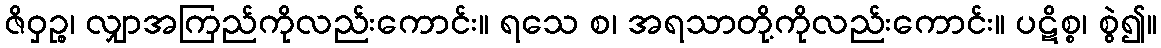
ဇိဝှဉ္စ၊ လျှာအကြည်ကိုလည်းကောင်း။ ရသေ စ၊ အရသာတို့ကိုလည်းကောင်း။ ပဋိစ္စ၊ စွဲ၍။